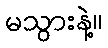
မသွားနဲ့။